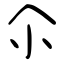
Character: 尒